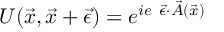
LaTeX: U ( \vec { x } , \vec { x } + \vec { \epsilon } ) = e ^ { i e ~ \vec { \epsilon } \cdot \vec { A } ( \vec { x } ) }